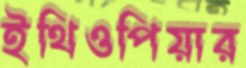
ইথিওপিয়ার